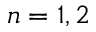
n = 1 , 2